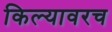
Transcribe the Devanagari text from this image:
किल्यावरच